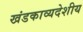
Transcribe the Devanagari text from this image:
खंडकाव्यदेशीय